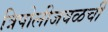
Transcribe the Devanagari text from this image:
त्रिपोलीजवळची